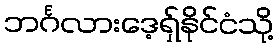
ဘင်္ဂလားဒေ့ရှ်နိုင်ငံသို့